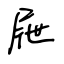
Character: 屜